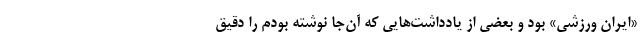
«ایران ورزشی» بود و بعضی از یادداشت‌هایی که آن‌جا نوشته بودم را دقیق